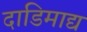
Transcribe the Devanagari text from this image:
दाडिमाद्य